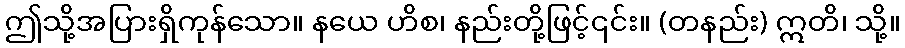
ဤသို့အပြားရှိကုန်သော။ နယေ ဟိစ၊ နည်းတို့ဖြင့်၎င်း။ (တနည်း) ဣတိ၊ သို့။